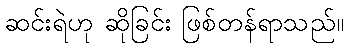
ဆင်းရဲဟု ဆိုခြင်း ဖြစ်တန်ရာသည်။